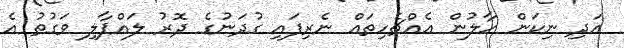
އަދި ނިކަން ހާލުން އެއްޗެހިތައް ނެރިފައި ގުދަނުގެ ދޮރު ލައްޕާލި ވަގުތު އެ